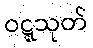
ဝဋ္ဋသုတ်